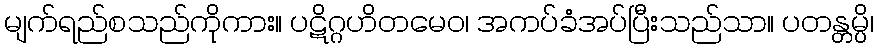
မျက်ရည်စသည်ကိုကား။ ပဋိဂ္ဂဟိတမေဝ၊ အကပ်ခံအပ်ပြီးသည်သာ။ ပတန္တမ္ပိ၊